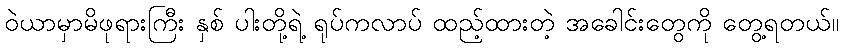
ဝဲယာမှာမိဖုရားကြီး နှစ် ပါးတို့ရဲ့ ရုပ်ကလာပ် ထည့်ထားတဲ့ အခေါင်းတွေကို တွေ့ရတယ်။